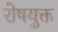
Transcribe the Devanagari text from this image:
रोषयुक्त